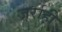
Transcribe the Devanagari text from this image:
जर्राही